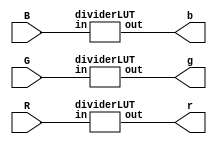
// DIVIDER MODULE
// Inputs:
// 	[R,G,B] = [0..255] in 8 bits
// Outputs:
//    [r,g,b] = [0..1] in 2.16 fixed point

module divider (
	input [7:0] R,
	input [7:0] G,
	input [7:0] B,
	output [17:0] r,
	output [17:0] g,
	output [17:0] b
);

// Look up the red value
dividerLUT red (
	.in(R),
	.out(r)
);

// Look up the green value
dividerLUT green (
	.in(G),
	.out(g)
);

// Look up the blue value
dividerLUT blue (
	.in(B),
	.out(b)
);

endmodule


// DIVIDER LUT
// This LUT simply takes all values in [0..255] and scales down to a 2.16
// fixed point representation of the valeus normalized to [0..1]
module dividerLUT (
	input  [7:0] in,
	output reg [17:0] out
);

	always @(*) begin
		case (in)
			8'd0: out <= 18'h00000;
			8'd1: out <= 18'h00101;
			8'd2: out <= 18'h00202;
			8'd3: out <= 18'h00303;
			8'd4: out <= 18'h00404;
			8'd5: out <= 18'h00505;
			8'd6: out <= 18'h00606;
			8'd7: out <= 18'h00707;
			8'd8: out <= 18'h00808;
			8'd9: out <= 18'h00909;
			8'd10: out <= 18'h00a0a;
			8'd11: out <= 18'h00b0b;
			8'd12: out <= 18'h00c0c;
			8'd13: out <= 18'h00d0d;
			8'd14: out <= 18'h00e0e;
			8'd15: out <= 18'h00f0f;
			8'd16: out <= 18'h01010;
			8'd17: out <= 18'h01111;
			8'd18: out <= 18'h01212;
			8'd19: out <= 18'h01313;
			8'd20: out <= 18'h01414;
			8'd21: out <= 18'h01515;
			8'd22: out <= 18'h01616;
			8'd23: out <= 18'h01717;
			8'd24: out <= 18'h01818;
			8'd25: out <= 18'h01919;
			8'd26: out <= 18'h01a1a;
			8'd27: out <= 18'h01b1b;
			8'd28: out <= 18'h01c1c;
			8'd29: out <= 18'h01d1d;
			8'd30: out <= 18'h01e1e;
			8'd31: out <= 18'h01f1f;
			8'd32: out <= 18'h02020;
			8'd33: out <= 18'h02121;
			8'd34: out <= 18'h02222;
			8'd35: out <= 18'h02323;
			8'd36: out <= 18'h02424;
			8'd37: out <= 18'h02525;
			8'd38: out <= 18'h02626;
			8'd39: out <= 18'h02727;
			8'd40: out <= 18'h02828;
			8'd41: out <= 18'h02929;
			8'd42: out <= 18'h02a2a;
			8'd43: out <= 18'h02b2b;
			8'd44: out <= 18'h02c2c;
			8'd45: out <= 18'h02d2d;
			8'd46: out <= 18'h02e2e;
			8'd47: out <= 18'h02f2f;
			8'd48: out <= 18'h03030;
			8'd49: out <= 18'h03131;
			8'd50: out <= 18'h03232;
			8'd51: out <= 18'h03333;
			8'd52: out <= 18'h03434;
			8'd53: out <= 18'h03535;
			8'd54: out <= 18'h03636;
			8'd55: out <= 18'h03737;
			8'd56: out <= 18'h03838;
			8'd57: out <= 18'h03939;
			8'd58: out <= 18'h03a3a;
			8'd59: out <= 18'h03b3b;
			8'd60: out <= 18'h03c3c;
			8'd61: out <= 18'h03d3d;
			8'd62: out <= 18'h03e3e;
			8'd63: out <= 18'h03f3f;
			8'd64: out <= 18'h04040;
			8'd65: out <= 18'h04141;
			8'd66: out <= 18'h04242;
			8'd67: out <= 18'h04343;
			8'd68: out <= 18'h04444;
			8'd69: out <= 18'h04545;
			8'd70: out <= 18'h04646;
			8'd71: out <= 18'h04747;
			8'd72: out <= 18'h04848;
			8'd73: out <= 18'h04949;
			8'd74: out <= 18'h04a4a;
			8'd75: out <= 18'h04b4b;
			8'd76: out <= 18'h04c4c;
			8'd77: out <= 18'h04d4d;
			8'd78: out <= 18'h04e4e;
			8'd79: out <= 18'h04f4f;
			8'd80: out <= 18'h05050;
			8'd81: out <= 18'h05151;
			8'd82: out <= 18'h05252;
			8'd83: out <= 18'h05353;
			8'd84: out <= 18'h05454;
			8'd85: out <= 18'h05555;
			8'd86: out <= 18'h05656;
			8'd87: out <= 18'h05757;
			8'd88: out <= 18'h05858;
			8'd89: out <= 18'h05959;
			8'd90: out <= 18'h05a5a;
			8'd91: out <= 18'h05b5b;
			8'd92: out <= 18'h05c5c;
			8'd93: out <= 18'h05d5d;
			8'd94: out <= 18'h05e5e;
			8'd95: out <= 18'h05f5f;
			8'd96: out <= 18'h06060;
			8'd97: out <= 18'h06161;
			8'd98: out <= 18'h06262;
			8'd99: out <= 18'h06363;
			8'd100: out <= 18'h06464;
			8'd101: out <= 18'h06565;
			8'd102: out <= 18'h06666;
			8'd103: out <= 18'h06767;
			8'd104: out <= 18'h06868;
			8'd105: out <= 18'h06969;
			8'd106: out <= 18'h06a6a;
			8'd107: out <= 18'h06b6b;
			8'd108: out <= 18'h06c6c;
			8'd109: out <= 18'h06d6d;
			8'd110: out <= 18'h06e6e;
			8'd111: out <= 18'h06f6f;
			8'd112: out <= 18'h07070;
			8'd113: out <= 18'h07171;
			8'd114: out <= 18'h07272;
			8'd115: out <= 18'h07373;
			8'd116: out <= 18'h07474;
			8'd117: out <= 18'h07575;
			8'd118: out <= 18'h07676;
			8'd119: out <= 18'h07777;
			8'd120: out <= 18'h07878;
			8'd121: out <= 18'h07979;
			8'd122: out <= 18'h07a7a;
			8'd123: out <= 18'h07b7b;
			8'd124: out <= 18'h07c7c;
			8'd125: out <= 18'h07d7d;
			8'd126: out <= 18'h07e7e;
			8'd127: out <= 18'h07f7f;
			8'd128: out <= 18'h08080;
			8'd129: out <= 18'h08181;
			8'd130: out <= 18'h08282;
			8'd131: out <= 18'h08383;
			8'd132: out <= 18'h08484;
			8'd133: out <= 18'h08585;
			8'd134: out <= 18'h08686;
			8'd135: out <= 18'h08787;
			8'd136: out <= 18'h08888;
			8'd137: out <= 18'h08989;
			8'd138: out <= 18'h08a8a;
			8'd139: out <= 18'h08b8b;
			8'd140: out <= 18'h08c8c;
			8'd141: out <= 18'h08d8d;
			8'd142: out <= 18'h08e8e;
			8'd143: out <= 18'h08f8f;
			8'd144: out <= 18'h09090;
			8'd145: out <= 18'h09191;
			8'd146: out <= 18'h09292;
			8'd147: out <= 18'h09393;
			8'd148: out <= 18'h09494;
			8'd149: out <= 18'h09595;
			8'd150: out <= 18'h09696;
			8'd151: out <= 18'h09797;
			8'd152: out <= 18'h09898;
			8'd153: out <= 18'h09999;
			8'd154: out <= 18'h09a9a;
			8'd155: out <= 18'h09b9b;
			8'd156: out <= 18'h09c9c;
			8'd157: out <= 18'h09d9d;
			8'd158: out <= 18'h09e9e;
			8'd159: out <= 18'h09f9f;
			8'd160: out <= 18'h0a0a0;
			8'd161: out <= 18'h0a1a1;
			8'd162: out <= 18'h0a2a2;
			8'd163: out <= 18'h0a3a3;
			8'd164: out <= 18'h0a4a4;
			8'd165: out <= 18'h0a5a5;
			8'd166: out <= 18'h0a6a6;
			8'd167: out <= 18'h0a7a7;
			8'd168: out <= 18'h0a8a8;
			8'd169: out <= 18'h0a9a9;
			8'd170: out <= 18'h0aaaa;
			8'd171: out <= 18'h0abab;
			8'd172: out <= 18'h0acac;
			8'd173: out <= 18'h0adad;
			8'd174: out <= 18'h0aeae;
			8'd175: out <= 18'h0afaf;
			8'd176: out <= 18'h0b0b0;
			8'd177: out <= 18'h0b1b1;
			8'd178: out <= 18'h0b2b2;
			8'd179: out <= 18'h0b3b3;
			8'd180: out <= 18'h0b4b4;
			8'd181: out <= 18'h0b5b5;
			8'd182: out <= 18'h0b6b6;
			8'd183: out <= 18'h0b7b7;
			8'd184: out <= 18'h0b8b8;
			8'd185: out <= 18'h0b9b9;
			8'd186: out <= 18'h0baba;
			8'd187: out <= 18'h0bbbb;
			8'd188: out <= 18'h0bcbc;
			8'd189: out <= 18'h0bdbd;
			8'd190: out <= 18'h0bebe;
			8'd191: out <= 18'h0bfbf;
			8'd192: out <= 18'h0c0c0;
			8'd193: out <= 18'h0c1c1;
			8'd194: out <= 18'h0c2c2;
			8'd195: out <= 18'h0c3c3;
			8'd196: out <= 18'h0c4c4;
			8'd197: out <= 18'h0c5c5;
			8'd198: out <= 18'h0c6c6;
			8'd199: out <= 18'h0c7c7;
			8'd200: out <= 18'h0c8c8;
			8'd201: out <= 18'h0c9c9;
			8'd202: out <= 18'h0caca;
			8'd203: out <= 18'h0cbcb;
			8'd204: out <= 18'h0cccc;
			8'd205: out <= 18'h0cdcd;
			8'd206: out <= 18'h0cece;
			8'd207: out <= 18'h0cfcf;
			8'd208: out <= 18'h0d0d0;
			8'd209: out <= 18'h0d1d1;
			8'd210: out <= 18'h0d2d2;
			8'd211: out <= 18'h0d3d3;
			8'd212: out <= 18'h0d4d4;
			8'd213: out <= 18'h0d5d5;
			8'd214: out <= 18'h0d6d6;
			8'd215: out <= 18'h0d7d7;
			8'd216: out <= 18'h0d8d8;
			8'd217: out <= 18'h0d9d9;
			8'd218: out <= 18'h0dada;
			8'd219: out <= 18'h0dbdb;
			8'd220: out <= 18'h0dcdc;
			8'd221: out <= 18'h0dddd;
			8'd222: out <= 18'h0dede;
			8'd223: out <= 18'h0dfdf;
			8'd224: out <= 18'h0e0e0;
			8'd225: out <= 18'h0e1e1;
			8'd226: out <= 18'h0e2e2;
			8'd227: out <= 18'h0e3e3;
			8'd228: out <= 18'h0e4e4;
			8'd229: out <= 18'h0e5e5;
			8'd230: out <= 18'h0e6e6;
			8'd231: out <= 18'h0e7e7;
			8'd232: out <= 18'h0e8e8;
			8'd233: out <= 18'h0e9e9;
			8'd234: out <= 18'h0eaea;
			8'd235: out <= 18'h0ebeb;
			8'd236: out <= 18'h0ecec;
			8'd237: out <= 18'h0eded;
			8'd238: out <= 18'h0eeee;
			8'd239: out <= 18'h0efef;
			8'd240: out <= 18'h0f0f0;
			8'd241: out <= 18'h0f1f1;
			8'd242: out <= 18'h0f2f2;
			8'd243: out <= 18'h0f3f3;
			8'd244: out <= 18'h0f4f4;
			8'd245: out <= 18'h0f5f5;
			8'd246: out <= 18'h0f6f6;
			8'd247: out <= 18'h0f7f7;
			8'd248: out <= 18'h0f8f8;
			8'd249: out <= 18'h0f9f9;
			8'd250: out <= 18'h0fafa;
			8'd251: out <= 18'h0fbfb;
			8'd252: out <= 18'h0fcfc;
			8'd253: out <= 18'h0fdfd;
			8'd254: out <= 18'h0fefe;
			8'd255: out <= 18'h10000;


		endcase
	end
endmodule